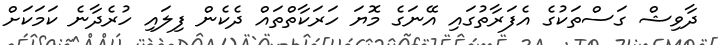
ދާވިޝް ގަސްތަކުގެ އެފަރާތުގައި އޭނަގެ މޮޔަ ހަރަކާތްތައް ދެކެން ފިލައި ހުރެދާނެ ކަމަކަށް